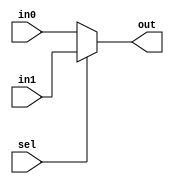
`timescale 1ns / 1ps
//////////////////////////////////////////////////////////////////////////////////
// Company: 
// Engineer: 
// 
// Design Name: 
// Module Name: Mux32
// Project Name: 
// Target Devices: 
// Tool Versions: 
// Description: 
// 
// Dependencies: 
// 
// Revision:
// Revision 0.01 - File Created
// Additional Comments:
// 
//////////////////////////////////////////////////////////////////////////////////


module Mux32(
    input sel,
    input [31:0] in1,
    input [31:0] in0,
    output [31:0] out
    );
    
    assign out = sel ? in1 : in0;
    
endmodule